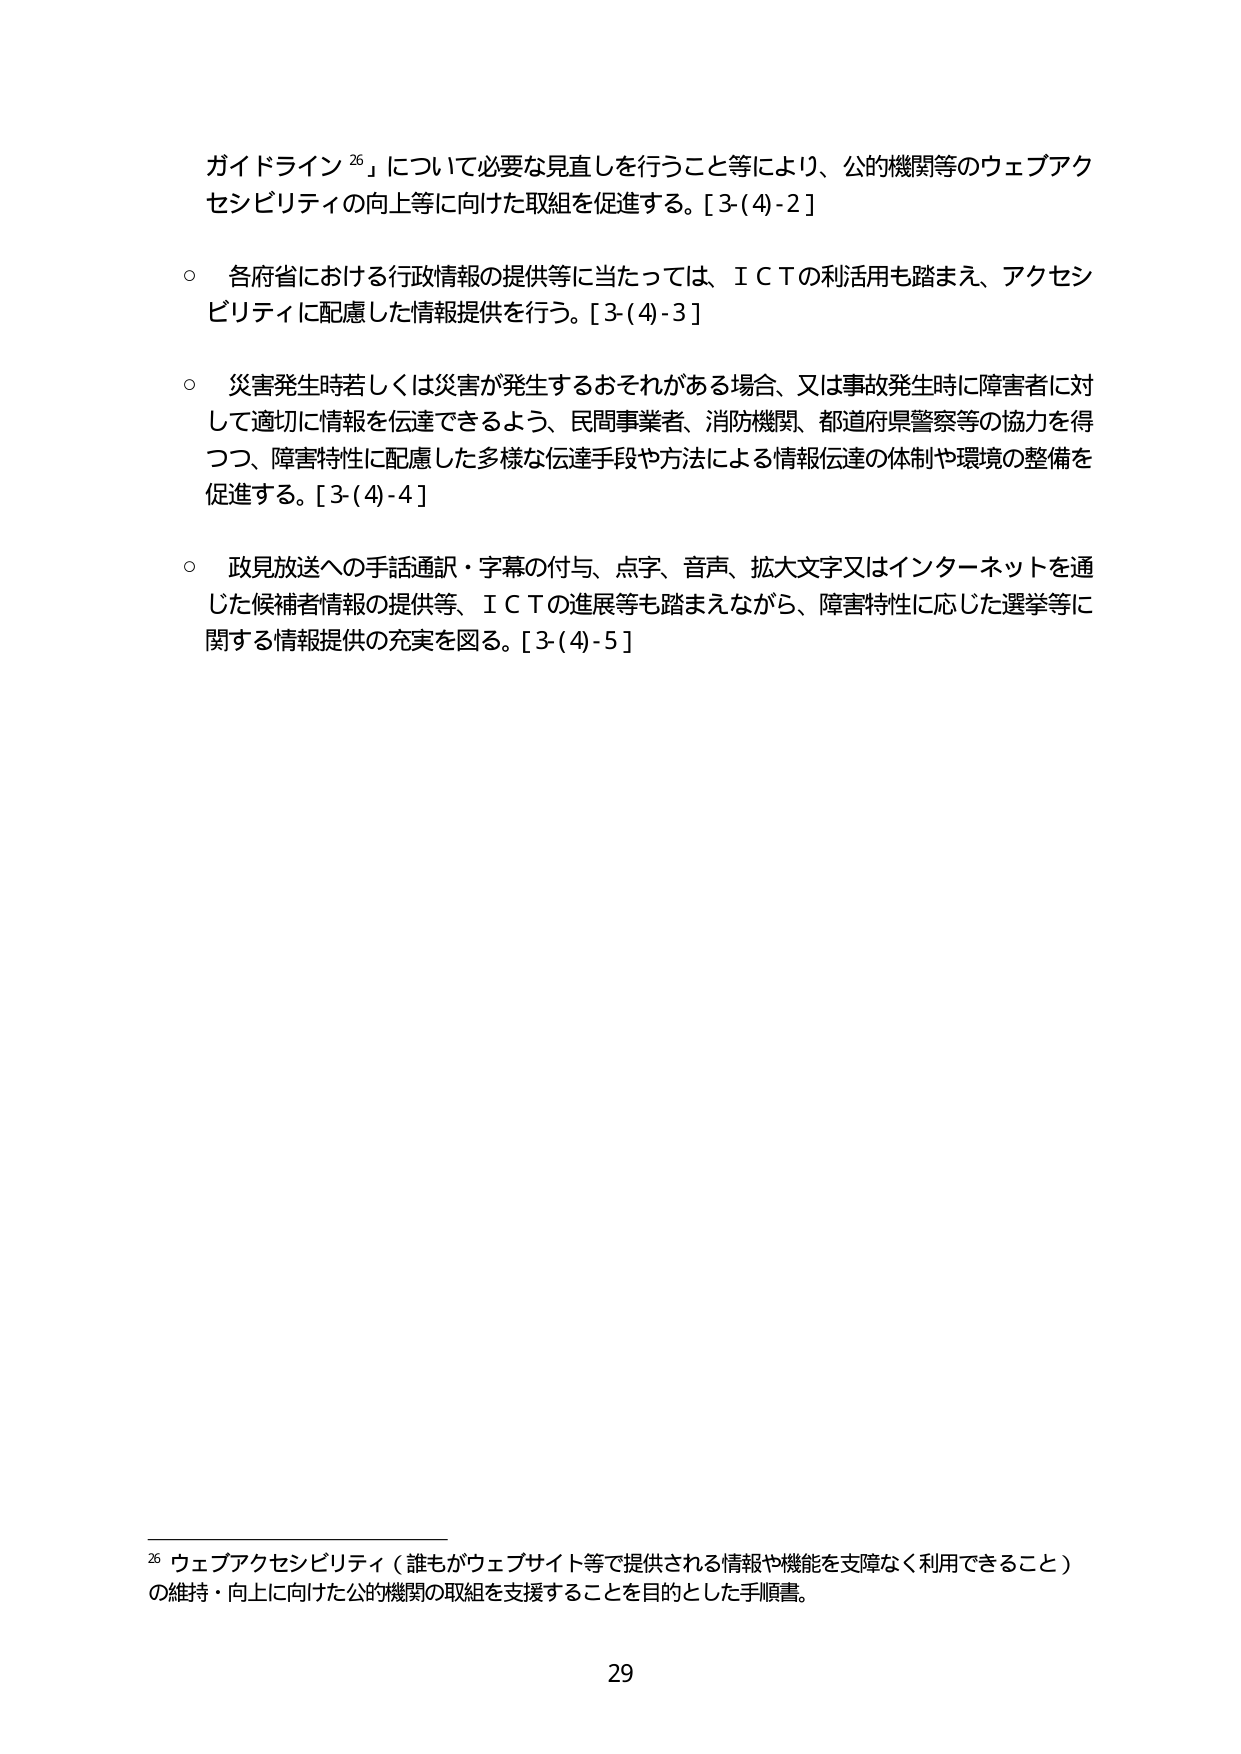
ガイドライン²⁶」について必要な見直しを行うこと等により、公的機関等のウェブアクセシビリティの向上等に向けた取組を促進する。[3-(4)-2]

○ 各府省における行政情報の提供等に当たっては、ＩＣＴの利活用も踏まえ、アクセシビリティに配慮した情報提供を行う。[3-(4)-3]

○ 災害発生時若しくは災害が発生するおそれがある場合、又は事故発生時に障害者に対して適切に情報を伝達できるよう、民間事業者、消防機関、都道府県警察等の協力を得つつ、障害特性に配慮した多様な伝達手段や方法による情報伝達の体制や環境の整備を促進する。[3-(4)-4]

○ 政見放送への手話通訳・字幕の付与、点字、音声、拡大文字又はインターネットを通じた候補者情報の提供等、ＩＣＴの進展等も踏まえながら、障害特性に応じた選挙等に関する情報提供の充実を図る。[3-(4)-5]

²⁶ ウェブアクセシビリティ（誰もがウェブサイト等で提供される情報や機能を支障なく利用できること）の維持・向上に向けた公的機関の取組を支援することを目的とした手順書。

29